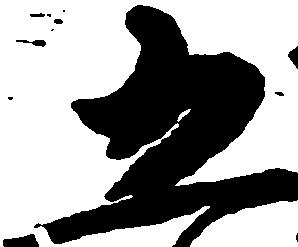
五